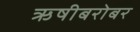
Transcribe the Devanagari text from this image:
ऋषीबरोबर